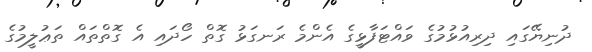
ދުނިޔޭގައި ދިރިއުޅުމުގެ ވައްޓަފާޅީގެ އެންމެ ރަނގަޅު ގޮތް ހޯދައި އެ ގޮތްތައް ތަޢުލީމުގެ